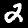
Label: 2